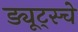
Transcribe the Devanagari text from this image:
ड्यूट्स्चे